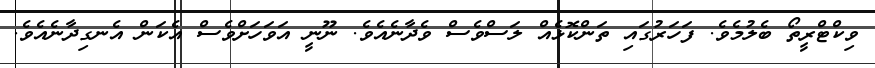
ވިކްޓްރީތޯ ބެލުމެވެ. ފަހަރުގައި ތަންކޮޅެއް ލަސްވެސް ވެދާނެއެވެ. ނޫނީ އަވަހަށްވެސް އެކަން އެނގިދާނެއެވެ.